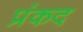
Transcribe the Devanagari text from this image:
प्रंकद